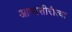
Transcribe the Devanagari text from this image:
आभासीरीत्या